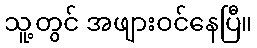
သူ့တွင် အဖျားဝင်နေပြီ။